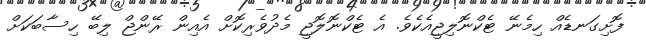
ފޮށިގަނޑެއް ހިމެނޭ ޓެކްނޮލިޖީއެކެވެ. އެ ޓެކްނޮލޮޖީ މެދުވެރިކޮށް އެއިން ރޭންޖް ލިބޭ ހިސާބަކަށް